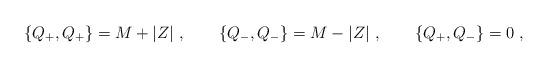
LaTeX: \begin{align*}\{Q_+,Q_+\}=M+|Z|\ ,\qquad \{Q_-,Q_-\}=M-|Z|\ ,\qquad\{Q_+,Q_-\}=0\ ,\end{align*}